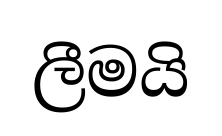
ලීමයි